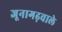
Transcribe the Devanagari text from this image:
जूनागढ़वाले